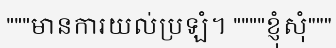
"""មានការយល់ប្រឡំ។ """"ខ្ញុំសុំ"""